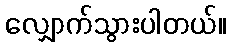
လျှောက်သွားပါတယ်။